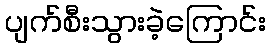
ပျက်စီးသွားခဲ့ကြောင်း